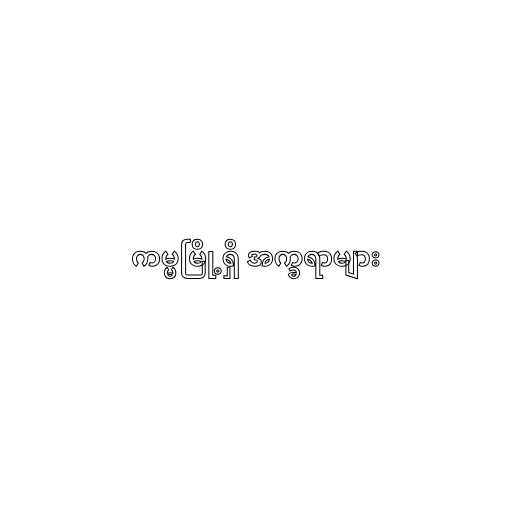
ကမ္မမြို့ရှိ အက္ခရာများ